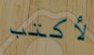
لأكتب